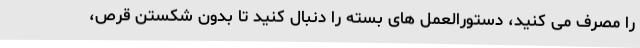
را مصرف می کنید، دستورالعمل های بسته را دنبال کنید تا بدون شکستن قرص،